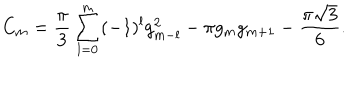
C _ { m } = { \frac { \pi } { 3 } } \sum _ { l = 0 } ^ { m } ( - 1 ) ^ { l } g _ { m - l } ^ { 2 } - \pi g _ { m } g _ { m + 1 } - { \frac { \pi { \sqrt 3 } } { 6 } } .